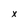
Character: X